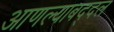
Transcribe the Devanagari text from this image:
आणल्याबद्दल